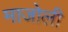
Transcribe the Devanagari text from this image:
माजोली